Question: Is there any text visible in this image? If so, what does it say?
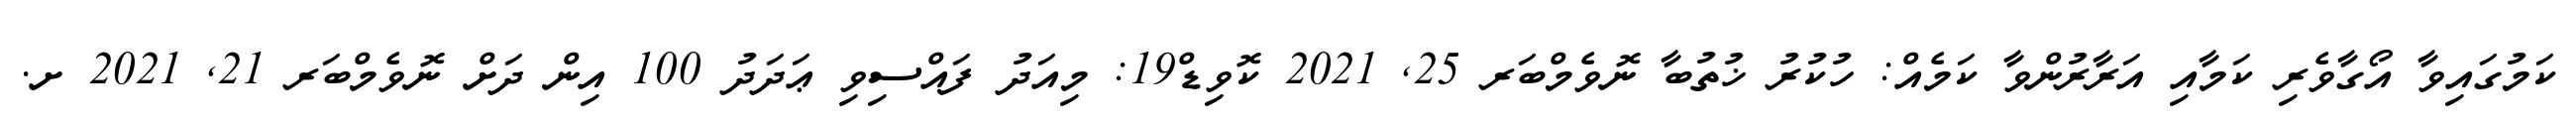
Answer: ކަމުގައިވާ އޯގާވެރި ކަމާއި އަރާރުންވާ ކަމެއް: ހުކުރު ޚުތުބާ ނޮވެމްބަރ 25, 2021 ކޮވިޑް19: މިއަދު ފައްސިވި ޢަދަދު 100 އިން ދަށް ނޮވެމްބަރ 21, 2021 ށ.